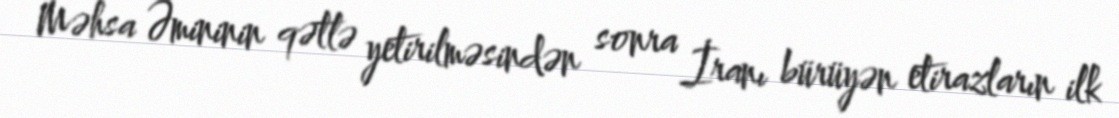
Məhsa Əmininin qətlə yetirilməsindən sonra İranı bürüyən etirazların ilk